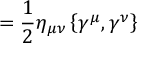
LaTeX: = { \frac { 1 } { 2 } } \eta _ { \mu \nu } \left\{ \gamma ^ { \mu } , \gamma ^ { \nu } \right\}